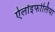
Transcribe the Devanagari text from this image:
ऐलॉइफोलिया